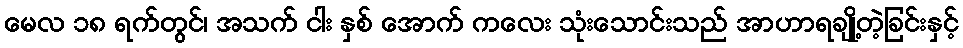
မေလ ၁၈ ရက်တွင်၊ အသက် ငါး နှစ် အောက် ကလေး သုံးသောင်းသည် အာဟာရချို့တဲ့ခြင်းနှင့်